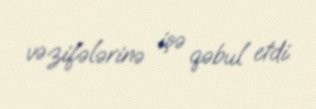
vəzifələrinə işə qəbul etdi.